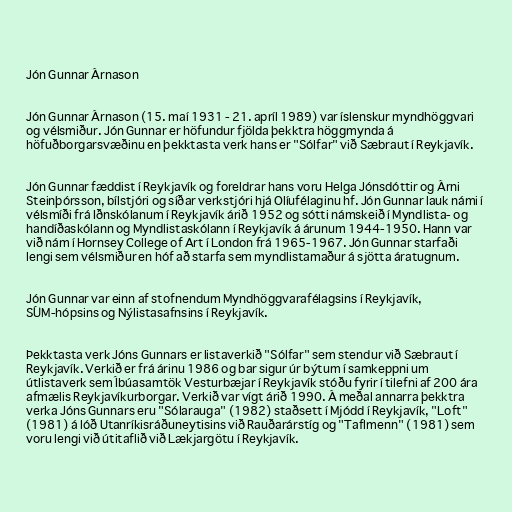
Jón Gunnar Árnason

Jón Gunnar Árnason (15. maí 1931 - 21. apríl 1989) var íslenskur myndhöggvari
og vélsmiður. Jón Gunnar er höfundur fjölda þekktra höggmynda á
höfuðborgarsvæðinu en þekktasta verk hans er "Sólfar" við Sæbraut í Reykjavík.

Jón Gunnar fæddist í Reykjavík og foreldrar hans voru Helga Jónsdóttir og Árni
Steinþórsson, bílstjóri og síðar verkstjóri hjá Olíufélaginu hf. Jón Gunnar lauk námi í
vélsmíði frá Iðnskólanum í Reykjavík árið 1952 og sótti námskeið í Myndlista- og
handíðaskólann og Myndlistaskólann í Reykjavík á árunum 1944-1950. Hann var
við nám í Hornsey College of Art í London frá 1965-1967. Jón Gunnar starfaði
lengi sem vélsmiður en hóf að starfa sem myndlistamaður á sjötta áratugnum.

Jón Gunnar var einn af stofnendum Myndhöggvarafélagsins í Reykjavík,
SÚM-hópsins og Nýlistasafnsins í Reykjavík.

Þekktasta verk Jóns Gunnars er listaverkið "Sólfar" sem stendur við Sæbraut í
Reykjavík. Verkið er frá árinu 1986 og bar sigur úr býtum í samkeppni um
útlistaverk sem Íbúasamtök Vesturbæjar í Reykjavík stóðu fyrir í tilefni af 200 ára
afmælis Reykjavíkurborgar. Verkið var vígt árið 1990. Á meðal annarra þekktra
verka Jóns Gunnars eru "Sólarauga" (1982) staðsett í Mjódd í Reykjavík, "Loft"
(1981) á lóð Utanríkisráðuneytisins við Rauðarárstíg og "Taflmenn" (1981) sem
voru lengi við útitaflið við Lækjargötu í Reykjavík.